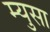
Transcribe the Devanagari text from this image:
म्युसा